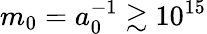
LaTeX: m_{0}=a_{0}^{-1}\gtrsim 10^{15}